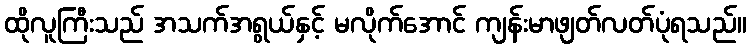
ထိုလူကြီးသည် အသက်အရွယ်နှင့် မလိုက်အောင် ကျန်းမာဖျတ်လတ်ပုံရသည်။